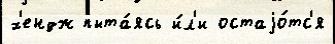
х'ендж пыта́ясь и́л'и остаjо́тс'я